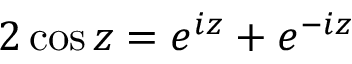
2 \cos z = e ^ { i z } + e ^ { - i z }